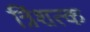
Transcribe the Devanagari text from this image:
त्रिंशत्क